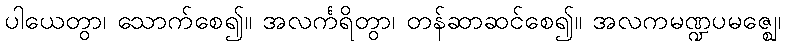
ပါယေတွာ၊ သောက်စေ၍။ အလင်္ကရိတွာ၊ တန်ဆာဆင်စေ၍။ အလကမဏ္ဍပမဇ္ဈေ၊